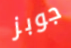
جوبز